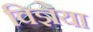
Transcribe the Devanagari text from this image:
विज्ञेया